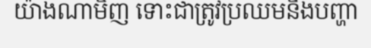
យ៉ាងណាមិញ ទោះជាត្រូវប្រឈមនឹងបញ្ហា